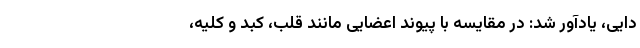
دایی،‌ یادآور شد:‌ در مقایسه با پیوند اعضایی مانند قلب، کبد و کلیه،